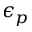
\epsilon _ { p }